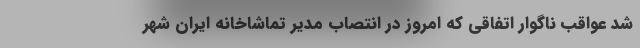
شد عواقب ناگوار اتفاقی که امروز در انتصاب مدیر تماشاخانه ایران شهر